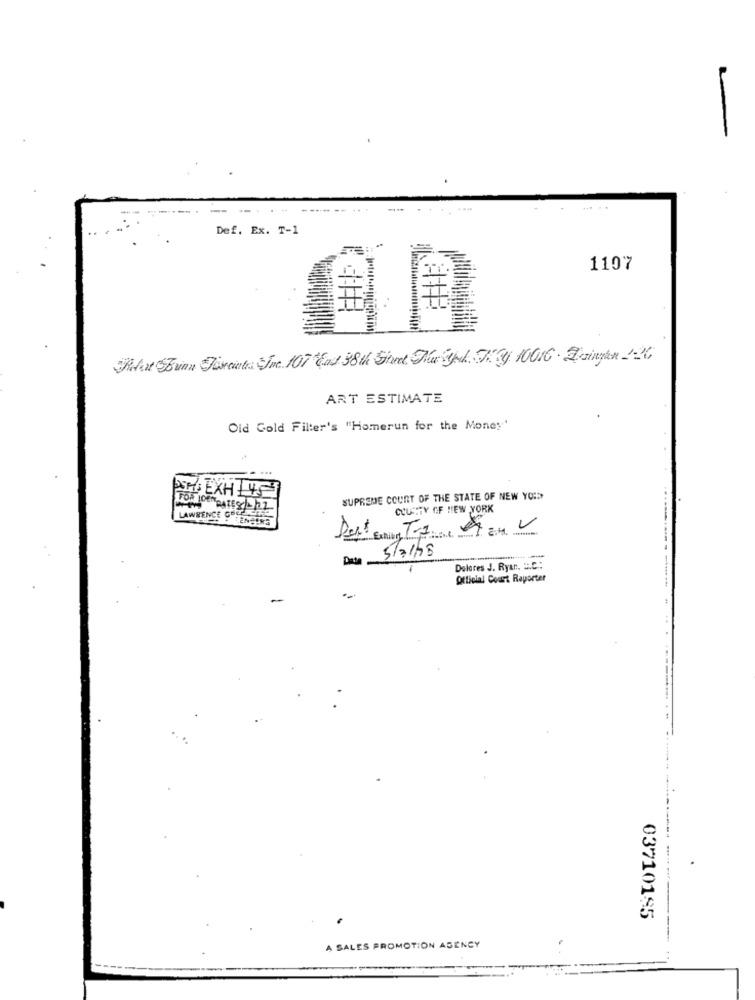
Def. Ex. T-1
1107
#
Redhat Brinn Pisciata Jvc. 107 Eat 38th Street The Strl. J.J 10016 . Bringen 426
ART ESTIMATE
Old Gold Filter's "Homerun for the Money'
POR EXH 145
SUPREME COURT OF THE STATE OF NEW YOU
FOR 10EMIRATES/ 2
COUNTY OF NEW YORK
LAWRENCE GOS
. -
Det En
Data
5/7/13
Dolares J. Ryan. :. C .:
Official Court Raporter
-
03710195
A SALES PROMOTION AGENCY